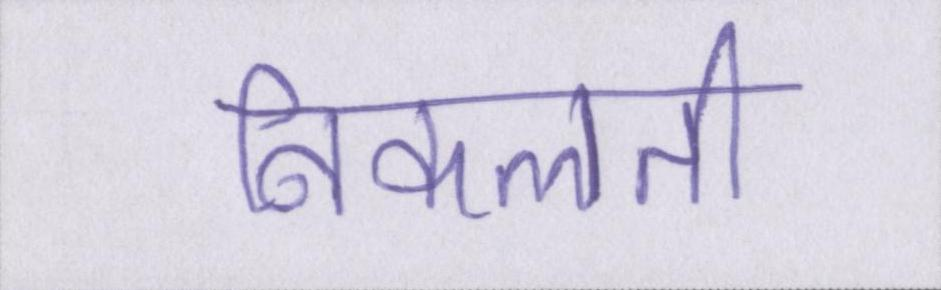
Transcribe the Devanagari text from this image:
निकलती